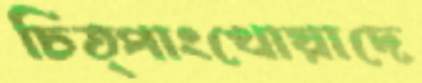
চিত্পাংখোয়াদে